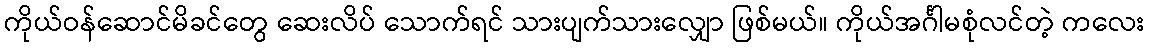
ကိုယ်ဝန်ဆောင်မိခင်တွေ ဆေးလိပ် သောက်ရင် သားပျက်သားလျှော ဖြစ်မယ်။ ကိုယ်အင်္ဂါမစုံလင်တဲ့ ကလေး